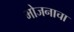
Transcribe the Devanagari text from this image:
भोजनाचा